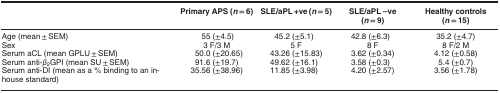
|  | Primary APS (n=6) | SLE/aPL +ve (n=5) | SLE/aPL –ve (n=9) | Healthy controls (n=15) |
 | --- | --- | --- | --- | --- |
 | Age (mean±SEM) | 55 (±4.5) | 45.2 (±5.1) | 42.8 (±6.3) | 35.2 (±4.7) |
 | Sex | 3 F/3 M | 5 F | 8 F | 8 F/2 M |
 | Serum aCL (mean GPLU±SEM) | 50.0 (±20.65) | 43.26 (±15.83) | 3.62 (±0.34) | 4.12 (±0.58) |
 | Serum anti-β2GPI (mean SU±SEM) | 91.6 (±19.7) | 49.62 (±16.1) | 3.58 (±0.3) | 5.4 (±0.7) |
 | Serum anti-DI (mean as a % binding to an in-house standard) | 35.56 (±38.96) | 11.85 (±3.98) | 4.20 (±2.57) | 3.56 (±1.78) |